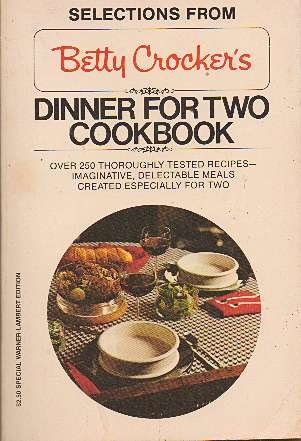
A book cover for Betty Crocker's dinner for Two; Betty Crocker; Cookbooks, Food & Wine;